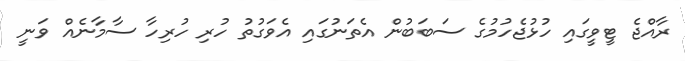
ރާއްޖެ ޓީވީގައި ހުޅުޖެހުމުގެ ސަބަބުން އެތަނުގައި އެވަގުތު ހުރި ހުރިހާ ސާމާނެއް ވަނީ